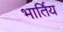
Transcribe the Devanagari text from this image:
भार्तिय